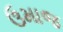
ઉમાજ